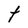
Character: t